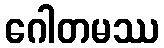
ဂေါတမဿ